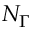
N _ { \Gamma }